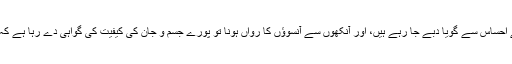
نبی اکرم صلی اللہ علیہ وسلم اس گواہی، شہادت اور ذمہ داری کے احساس سے گویا دبے جا رہے ہیں، اور آنکھوں سے آنسوؤں کا رواں ہونا تو پورے جسم و جان کی کیفیت کی گواہی دے رہا ہے کہ اندر کیا ہلچل ہے، کیا کیفیت ہے کہ جس سے آپؐ گزر رہے ہیں۔